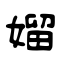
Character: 媹